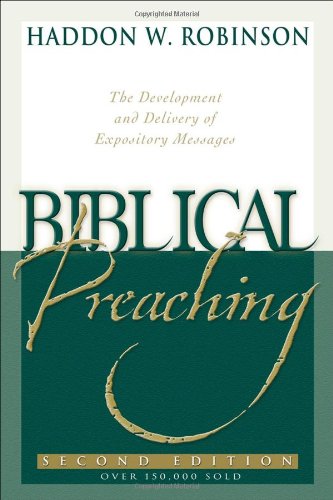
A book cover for Biblical Preaching: The Development and Delivery of Expository Messages; Haddon W. Robinson; Christian Books & Bibles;